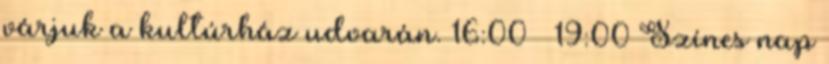
várjuk a kultúrház udvarán. 16:00 – 19:00 Színes nap